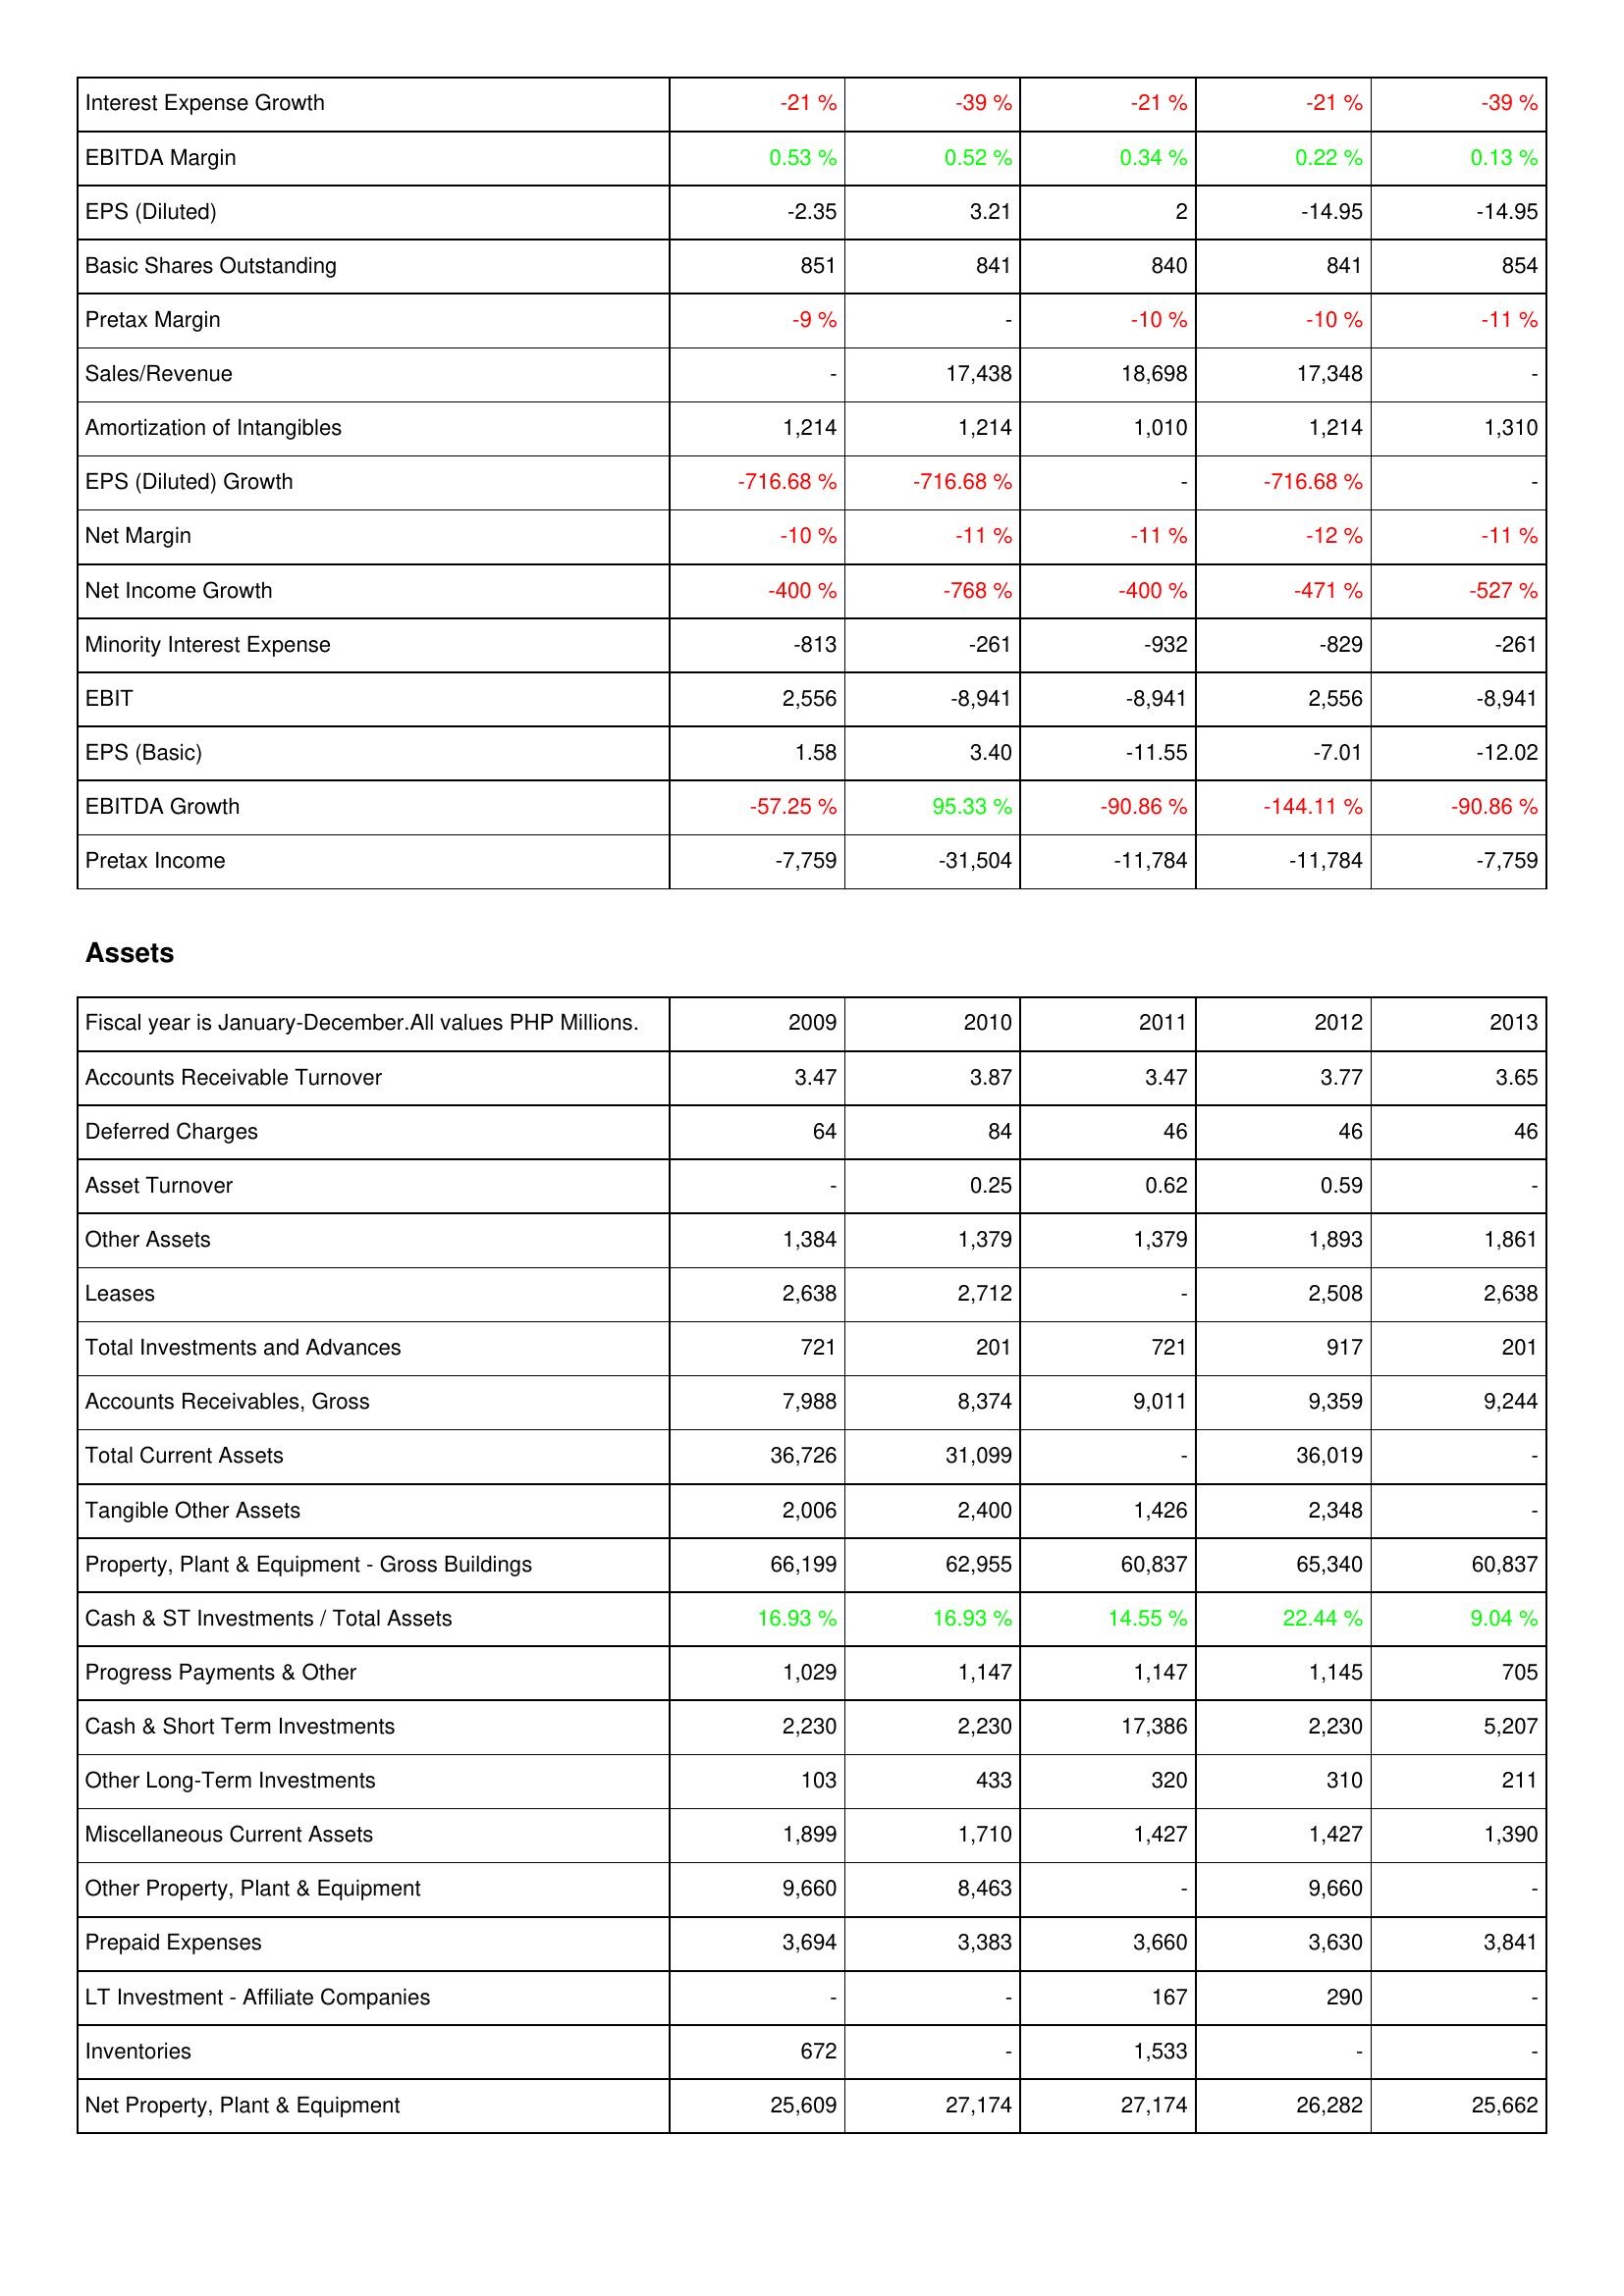
2009: Income Statement: Interest Expense Growth: -21 %
EBITDA Margin: 0.53 %
EPS (Diluted): -2.35
Basic Shares Outstanding: 851
Pretax Margin: -9 %
Sales/Revenue: -
Amortization of Intangibles: 1,214
EPS (Diluted) Growth: -716.68 %
Net Margin: -10 %
Net Income Growth: -400 %
Minority Interest Expense: -813
EBIT: 2,556
EPS (Basic): 1.58
EBITDA Growth: -57.25 %
Pretax Income: -7,759
Assets: Accounts Receivable Turnover: 3.47
Deferred Charges: 64
Asset Turnover: -
Other Assets: 1,384
Leases: 2,638
Total Investments and Advances: 721
Accounts Receivables, Gross: 7,988
Total Current Assets: 36,726
Tangible Other Assets: 2,006
Property, Plant & Equipment - Gross Buildings: 66,199
Cash & ST Investments / Total Assets: 16.93 %
Progress Payments & Other: 1,029
Cash & Short Term Investments: 2,230
Other Long-Term Investments: 103
Miscellaneous Current Assets: 1,899
Other Property, Plant & Equipment: 9,660
Prepaid Expenses: 3,694
LT Investment - Affiliate Companies: -
Inventories: 672
Net Property, Plant & Equipment: 25,609
2010: Income Statement: Interest Expense Growth: -39 %
EBITDA Margin: 0.52 %
EPS (Diluted): 3.21
Basic Shares Outstanding: 841
Pretax Margin: -
Sales/Revenue: 17,438
Amortization of Intangibles: 1,214
EPS (Diluted) Growth: -716.68 %
Net Margin: -11 %
Net Income Growth: -768 %
Minority Interest Expense: -261
EBIT: -8,941
EPS (Basic): 3.40
EBITDA Growth: 95.33 %
Pretax Income: -31,504
Assets: Accounts Receivable Turnover: 3.87
Deferred Charges: 84
Asset Turnover: 0.25
Other Assets: 1,379
Leases: 2,712
Total Investments and Advances: 201
Accounts Receivables, Gross: 8,374
Total Current Assets: 31,099
Tangible Other Assets: 2,400
Property, Plant & Equipment - Gross Buildings: 62,955
Cash & ST Investments / Total Assets: 16.93 %
Progress Payments & Other: 1,147
Cash & Short Term Investments: 2,230
Other Long-Term Investments: 433
Miscellaneous Current Assets: 1,710
Other Property, Plant & Equipment: 8,463
Prepaid Expenses: 3,383
LT Investment - Affiliate Companies: -
Inventories: -
Net Property, Plant & Equipment: 27,174
2011: Income Statement: Interest Expense Growth: -21 %
EBITDA Margin: 0.34 %
EPS (Diluted): 2
Basic Shares Outstanding: 840
Pretax Margin: -10 %
Sales/Revenue: 18,698
Amortization of Intangibles: 1,010
EPS (Diluted) Growth: -
Net Margin: -11 %
Net Income Growth: -400 %
Minority Interest Expense: -932
EBIT: -8,941
EPS (Basic): -11.55
EBITDA Growth: -90.86 %
Pretax Income: -11,784
Assets: Accounts Receivable Turnover: 3.47
Deferred Charges: 46
Asset Turnover: 0.62
Other Assets: 1,379
Leases: -
Total Investments and Advances: 721
Accounts Receivables, Gross: 9,011
Total Current Assets: -
Tangible Other Assets: 1,426
Property, Plant & Equipment - Gross Buildings: 60,837
Cash & ST Investments / Total Assets: 14.55 %
Progress Payments & Other: 1,147
Cash & Short Term Investments: 17,386
Other Long-Term Investments: 320
Miscellaneous Current Assets: 1,427
Other Property, Plant & Equipment: -
Prepaid Expenses: 3,660
LT Investment - Affiliate Companies: 167
Inventories: 1,533
Net Property, Plant & Equipment: 27,174
2012: Income Statement: Interest Expense Growth: -21 %
EBITDA Margin: 0.22 %
EPS (Diluted): -14.95
Basic Shares Outstanding: 841
Pretax Margin: -10 %
Sales/Revenue: 17,348
Amortization of Intangibles: 1,214
EPS (Diluted) Growth: -716.68 %
Net Margin: -12 %
Net Income Growth: -471 %
Minority Interest Expense: -829
EBIT: 2,556
EPS (Basic): -7.01
EBITDA Growth: -144.11 %
Pretax Income: -11,784
Assets: Accounts Receivable Turnover: 3.77
Deferred Charges: 46
Asset Turnover: 0.59
Other Assets: 1,893
Leases: 2,508
Total Investments and Advances: 917
Accounts Receivables, Gross: 9,359
Total Current Assets: 36,019
Tangible Other Assets: 2,348
Property, Plant & Equipment - Gross Buildings: 65,340
Cash & ST Investments / Total Assets: 22.44 %
Progress Payments & Other: 1,145
Cash & Short Term Investments: 2,230
Other Long-Term Investments: 310
Miscellaneous Current Assets: 1,427
Other Property, Plant & Equipment: 9,660
Prepaid Expenses: 3,630
LT Investment - Affiliate Companies: 290
Inventories: -
Net Property, Plant & Equipment: 26,282
2013: Income Statement: Interest Expense Growth: -39 %
EBITDA Margin: 0.13 %
EPS (Diluted): -14.95
Basic Shares Outstanding: 854
Pretax Margin: -11 %
Sales/Revenue: -
Amortization of Intangibles: 1,310
EPS (Diluted) Growth: -
Net Margin: -11 %
Net Income Growth: -527 %
Minority Interest Expense: -261
EBIT: -8,941
EPS (Basic): -12.02
EBITDA Growth: -90.86 %
Pretax Income: -7,759
Assets: Accounts Receivable Turnover: 3.65
Deferred Charges: 46
Asset Turnover: -
Other Assets: 1,861
Leases: 2,638
Total Investments and Advances: 201
Accounts Receivables, Gross: 9,244
Total Current Assets: -
Tangible Other Assets: -
Property, Plant & Equipment - Gross Buildings: 60,837
Cash & ST Investments / Total Assets: 9.04 %
Progress Payments & Other: 705
Cash & Short Term Investments: 5,207
Other Long-Term Investments: 211
Miscellaneous Current Assets: 1,390
Other Property, Plant & Equipment: -
Prepaid Expenses: 3,841
LT Investment - Affiliate Companies: -
Inventories: -
Net Property, Plant & Equipment: 25,662